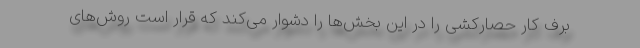
برف کار حصارکشی را در این بخش‌ها را دشوار می‌کند که قرار است روش‌های